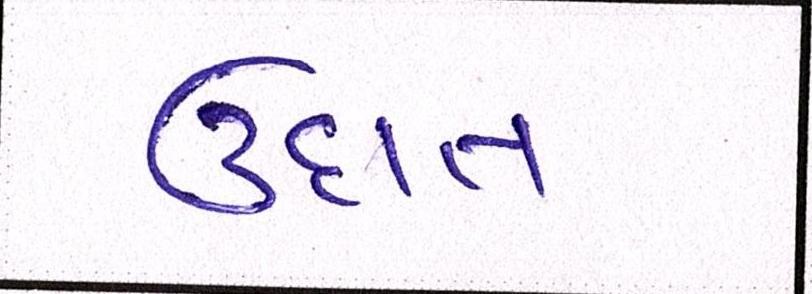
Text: ઉદાત્ત